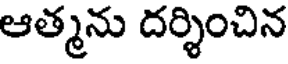
ఆత్మను దర్శించిన